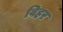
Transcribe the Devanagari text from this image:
विहर